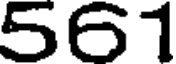
561